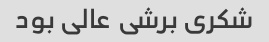
شکری برشی عالی بود